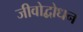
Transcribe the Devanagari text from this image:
जीवोद्बोधन